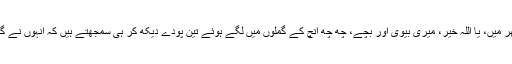
اتنے پودے اور درخت آپ کے گھر میں، یا اللہ خیر، میری بیوی اور بچے، چھ چھ انچ کے گملوں میں لگے ہوئے تین پودے دیکھ کر ہی سمجھتے ہیں کہ انہوں نے گھر میں "اقبال پارک” بنایا ہوا ہے۔